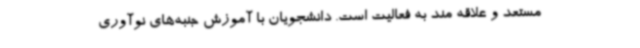
مستعد و علاقه مند به فعالیت است. دانشجویان با آموزش جنبه‌های نوآوری